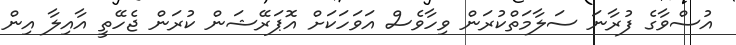
އުސްވާގެ ފުރާނަ ސަލާމަތްކުރަން ވިހާވެސް އަވަހަކަށް އޮޕަރޭޝަން ކުރަން ޖެހޭތީ އާއިލާ އިން